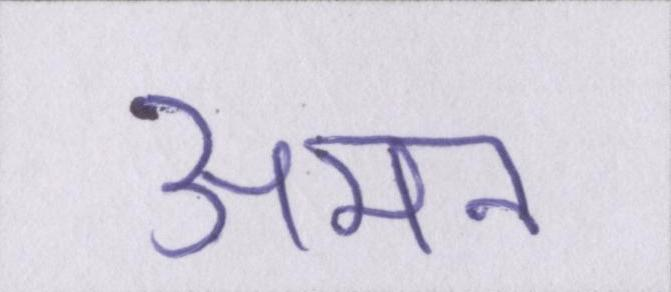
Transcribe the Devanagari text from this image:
अमन